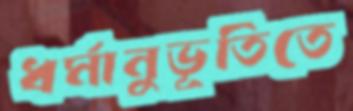
ধর্মানুভূতিতে